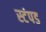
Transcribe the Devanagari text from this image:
स्टंपड